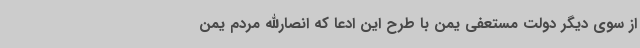
از سوی دیگر دولت مستعفی یمن با طرح این ادعا که انصارالله مردم یمن